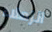
الزملاء